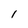
Character: 1